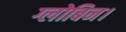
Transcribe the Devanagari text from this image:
ग्लोबिन।